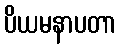
ပိယမနာပတာ